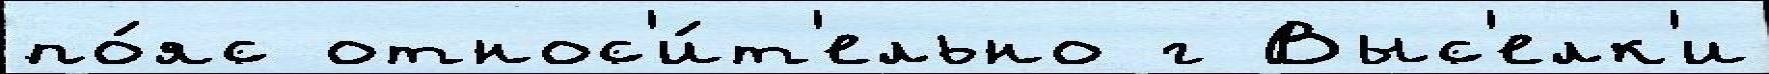
по́яс относ'и́т'ельно г Выс'елк'и